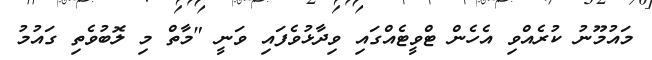
މައުމޫނު ކުރެއްވި އެހެން ޓްވީޓެއްގައި ވިދާޅުވެފައި ވަނީ "މާތް މި ލޮބުވެތި ގައުމު